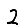
Digit: 2